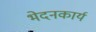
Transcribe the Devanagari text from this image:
भेदनकार्य